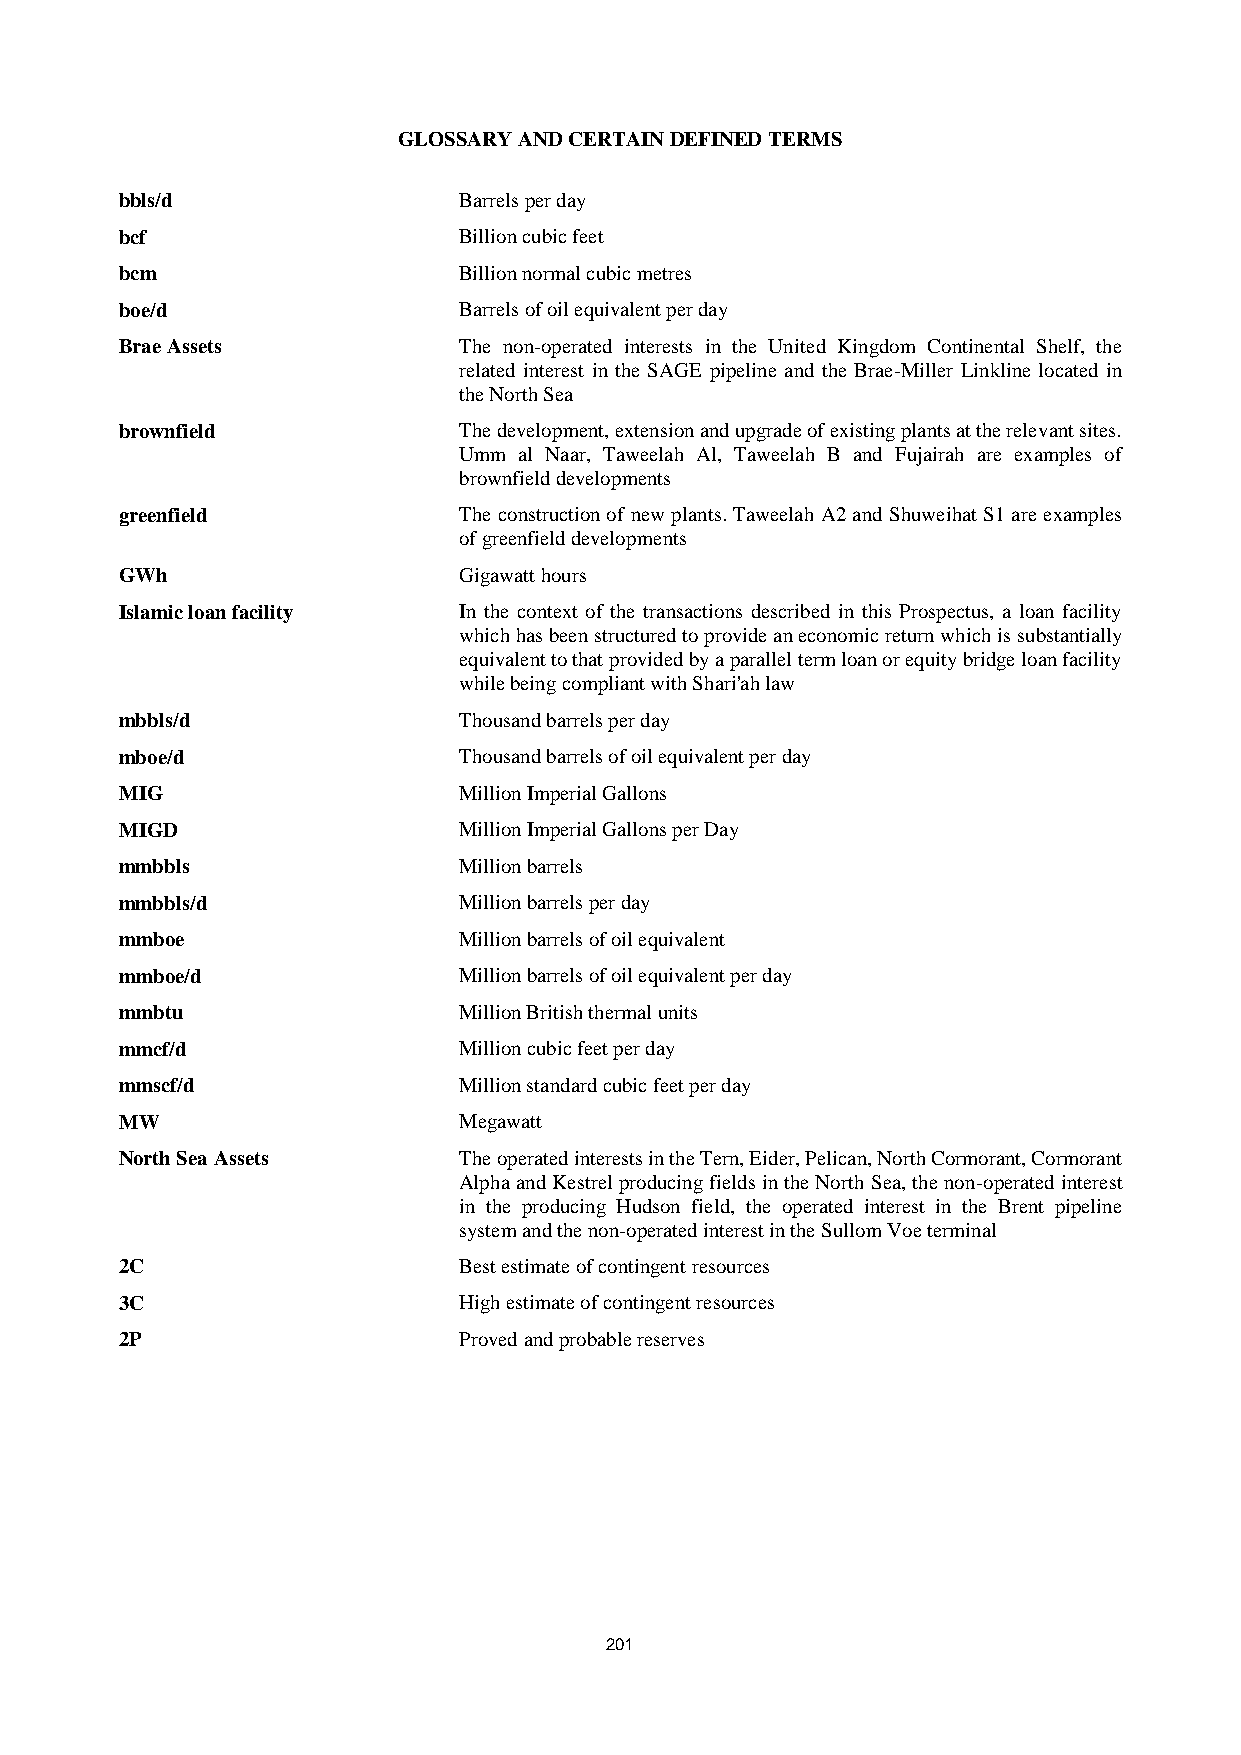
GLOSSARY AND CERTAIN DEFINED TERMS
 bbls/d                Barrels per day
 bcf                   Billion cubic feet
 bcm                   Billion normal cubic metres
 boe/d                 Barrels of oil equivalent per day
 Brae Assets           The non-operated interests in the United Kingdom Continental Shelf, the
 related interest in the SAGE pipeline and the Brae-Miller Linkline located in
 the North Sea
 brownfield            The development, extension and upgrade of existing plants at the relevant sites.
 Umm al Naar, Taweelah Al, Taweelah B and Fujairah are examples of
 brownfield developments
 greenfield            The construction of new plants. Taweelah A2 and Shuweihat S1 are examples
 of greenfield developments
 GWh                   Gigawatt hours
 Islamic loan facility In the context of the transactions described in this Prospectus, a loan facility
 which has been structured to provide an economic return which is substantially
 equivalent to that provided by a parallel term loan or equity bridge loan facility
 while being compliant with Shari'ah law
 mbbls/d               Thousand barrels per day
 mboe/d                Thousand barrels of oil equivalent per day
 MIG                   Million Imperial Gallons
 MIGD                  Million Imperial Gallons per Day
 mmbbls                Million barrels
 mmbbls/d              Million barrels per day
 mmboe                 Million barrels of oil equivalent
 mmboe/d               Million barrels of oil equivalent per day
 mmbtu                 Million British thermal units
 mmcf/d                Million cubic feet per day
 mmscf/d               Million standard cubic feet per day
 MW                    Megawatt
 North Sea Assets      The operated interests in the Tern, Eider, Pelican, North Cormorant, Cormorant
 Alpha and Kestrel producing fields in the North Sea, the non-operated interest
 in the producing Hudson field, the operated interest in the Brent pipeline
 system and the non-operated interest in the Sullom Voe terminal
 2C                    Best estimate of contingent resources
 3C                    High estimate of contingent resources
 2P                    Proved and probable reserves
 201